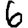
Digit: 6